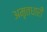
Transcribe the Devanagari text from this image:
अमृतधारीं